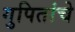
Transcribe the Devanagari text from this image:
गुपितांचे